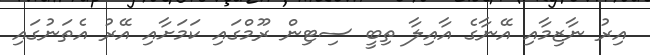
އިރު ނާޒިމާއި އޭނާގެ އާއިލާ ތިބީ ސިޓިން ރޫމްގައި ކަމަށާއި އޭރު އެތަނުގައި